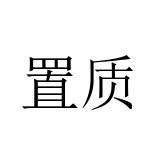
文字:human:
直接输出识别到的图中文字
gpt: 置质